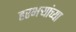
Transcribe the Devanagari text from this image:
हरभऱ्यांच्या